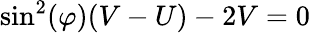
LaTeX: \mathrm{sin}^{2}(\varphi)(V-U)-2V=0